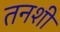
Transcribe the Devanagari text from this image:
तनशी